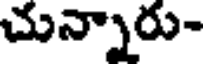
చున్నారు-